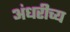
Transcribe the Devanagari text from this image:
अंधरीच्य